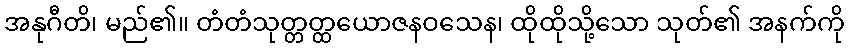
အနုဂီတိ၊ မည်၏။ တံတံသုတ္တတ္ထယောဇနဝသေန၊ ထိုထိုသို့သော သုတ်၏ အနက်ကို